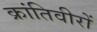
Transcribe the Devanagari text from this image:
क्रांतिवीरों